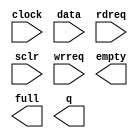
module FIFO_FIR (
	clock,
	data,
	rdreq,
	sclr,
	wrreq,
	empty,
	full,
	q);

	input	  clock;
	input	[29:0]  data;
	input	  rdreq;
	input	  sclr;
	input	  wrreq;
	output	  empty;
	output	  full;
	output	[29:0]  q;

endmodule